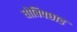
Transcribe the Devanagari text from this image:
धोबिपछाड